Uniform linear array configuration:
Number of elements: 24
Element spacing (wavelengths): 0.5
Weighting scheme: hann
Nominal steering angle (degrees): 45
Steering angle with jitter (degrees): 44.134
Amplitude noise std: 0.05
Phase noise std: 0.05

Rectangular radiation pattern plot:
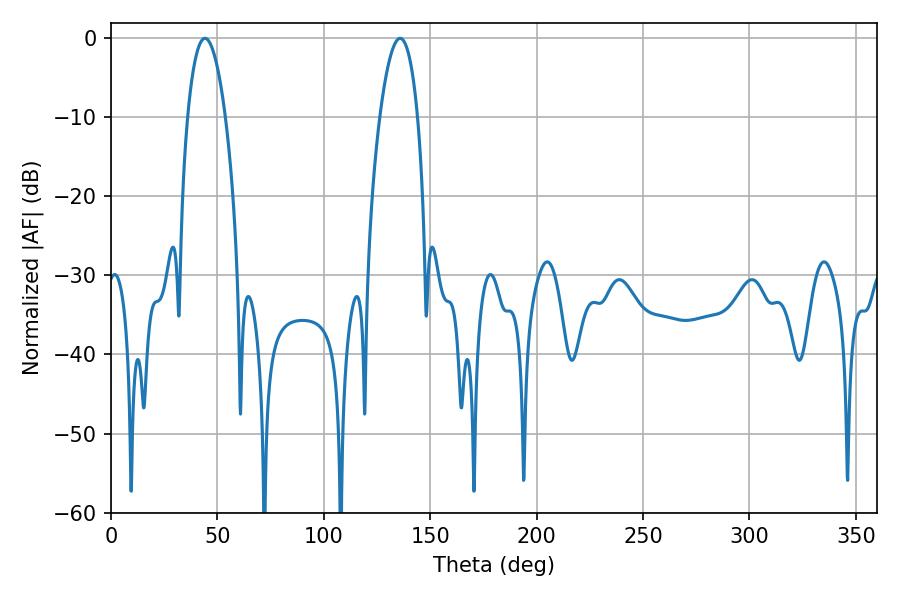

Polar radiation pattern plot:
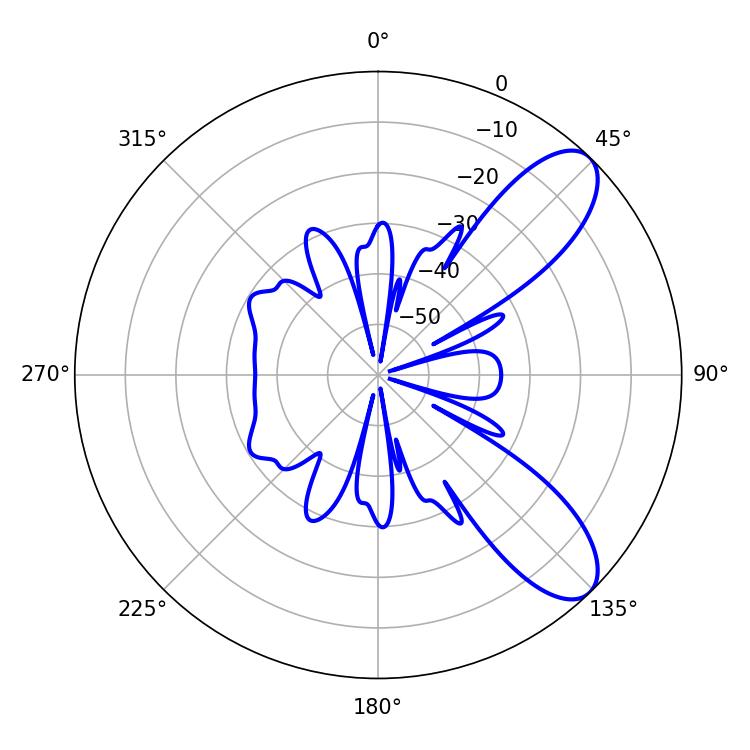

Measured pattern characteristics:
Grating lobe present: FALSE
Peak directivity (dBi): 8.913
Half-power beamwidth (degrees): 9.9
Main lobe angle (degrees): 44.1